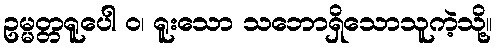
ဥမ္မတ္တရူပေါ ဝ၊ ရူးသော သဘောရှိသောသူကဲ့သို့။